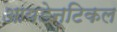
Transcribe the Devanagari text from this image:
आयडेन्टिकल